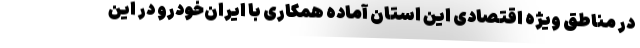
در مناطق ویژه اقتصادی این استان آماده همکاری با ایران‌خودرو در این